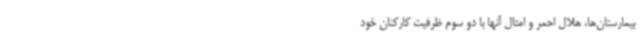
بیمارستان‌ها، هلال احمر و امثال آنها با دو سوم ظرفیت کارکنان خود